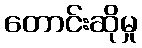
တောင်းဆိုမှု